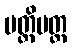
ပတ္တိပတ္တ